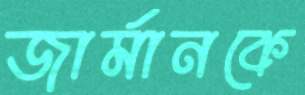
জার্মানকে